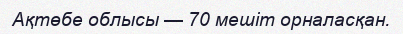
Ақтөбе облысы — 70 мешіт орналасқан.